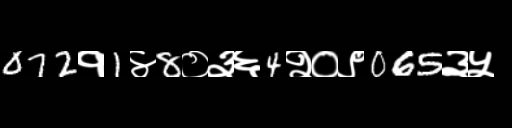
Text: 072१1४8०३६4२०९065३५